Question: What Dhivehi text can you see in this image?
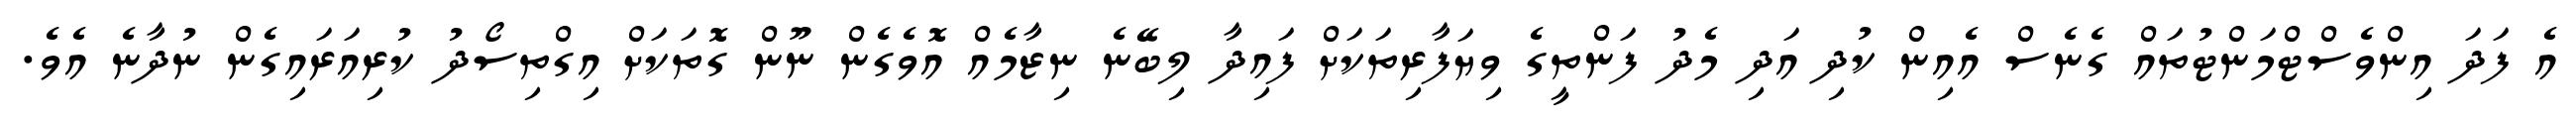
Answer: އެ ފަދަ އިންވެސްޓްމަންޓުތައް ގެނެސް އެއިން ކުދި އަދި މެދު ފަންތީގެ ވިޔަފާރިތަކަށް ފައިދާ ލިބޭނެ ނިޒާމެއް އޮވެގެން ނޫން ގޮތަކަށް އިގްތިސޯދު ކުރިއަރައިގެން ނުދާނެ އެވެ.